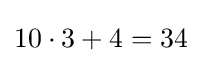
10\cdot 3+4=34